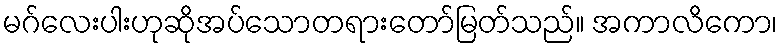
မဂ်လေးပါးဟုဆိုအပ်သောတရားတော်မြတ်သည်။ အကာလိကော၊